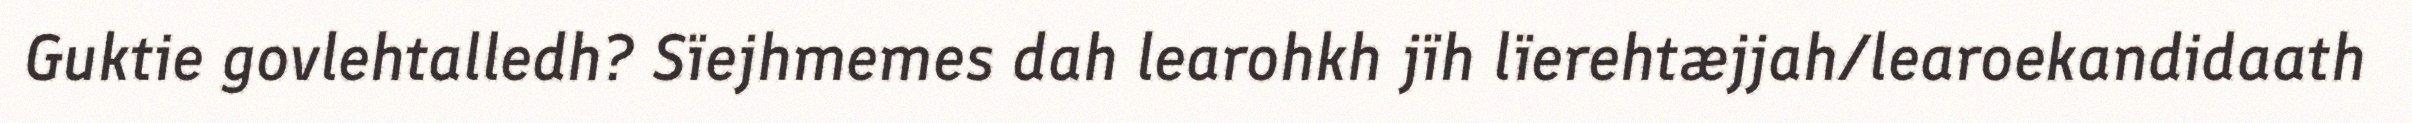
Guktie govlehtalledh? Sïejhmemes dah learohkh jïh lïerehtæjjah/learoekandidaath